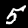
Digit: 5